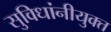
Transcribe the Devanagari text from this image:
सुविधांनीयुक्त